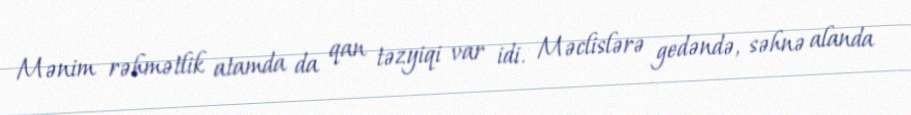
Mənim rəhmətlik atamda da qan təzyiqi var idi. Məclislərə gedəndə, səhnə alanda